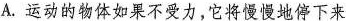
A.运动的物体如果不受力，它将慢慢地停下来